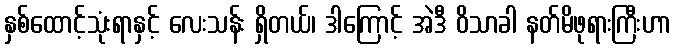
နှစ်ထောင့်သုံးရာနှင့် လေးသန်း ရှိတယ်၊ ဒါကြောင့် အဲဒီ ဝိသာခါ နတ်မိဖုရားကြီးဟာ